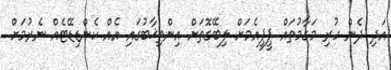
އަދި ދެން ހުރި މަގާމުތައް ޕީޕީއެމަށް ލިބޭގޮތަށް އިންތިޚާބުގައި އެއް ކެންޑިޑޭޓެއް ނެރުމަށް